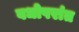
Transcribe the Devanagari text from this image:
वधोपरांत